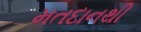
મતદાનથી